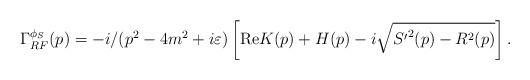
LaTeX: \begin{align*}\Gamma_{RF}^{\phi_S}(p)=-i/(p^2-4m^2+i\varepsilon)\left[{\rm Re}K(p)+H(p) -i\sqrt{{S'}^2(p)-R^2(p)}\right].\end{align*}